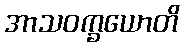
အာသဝက္ခယောတိ